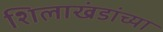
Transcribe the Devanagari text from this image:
शिलाखंडांच्या